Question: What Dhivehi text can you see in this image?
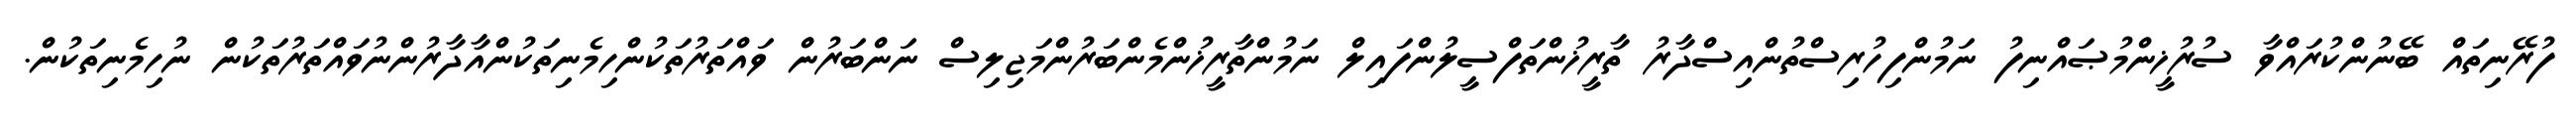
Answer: ފުރޭނިތައް ބޭނުންކުރައްވާ ސުރުޚީންމުޞައްނިފު ނަމުންފިހުރިސްތުންއިސްދާރު ތާރީޚުންތަފްސީލުންފައިލް ނަމުންތާރީޚުންމެންބަރުންމަޖިލިސް ނަންބަރުން ވައްތަރުތަކުންހިމެނިތަކުންއާދާރުންނުވައްތަރުތަކުން ނުހިމެނިތަކުން.